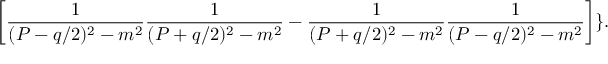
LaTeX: \left[ { \frac { 1 } { ( { \cal P } - q / 2 ) ^ { 2 } - m ^ { 2 } } } { \frac { 1 } { ( { \cal P } + q / 2 ) ^ { 2 } - m ^ { 2 } } } - { \frac { 1 } { ( { \cal P } + q / 2 ) ^ { 2 } - m ^ { 2 } } } { \frac { 1 } { ( { \cal P } - q / 2 ) ^ { 2 } - m ^ { 2 } } } \right] \} .